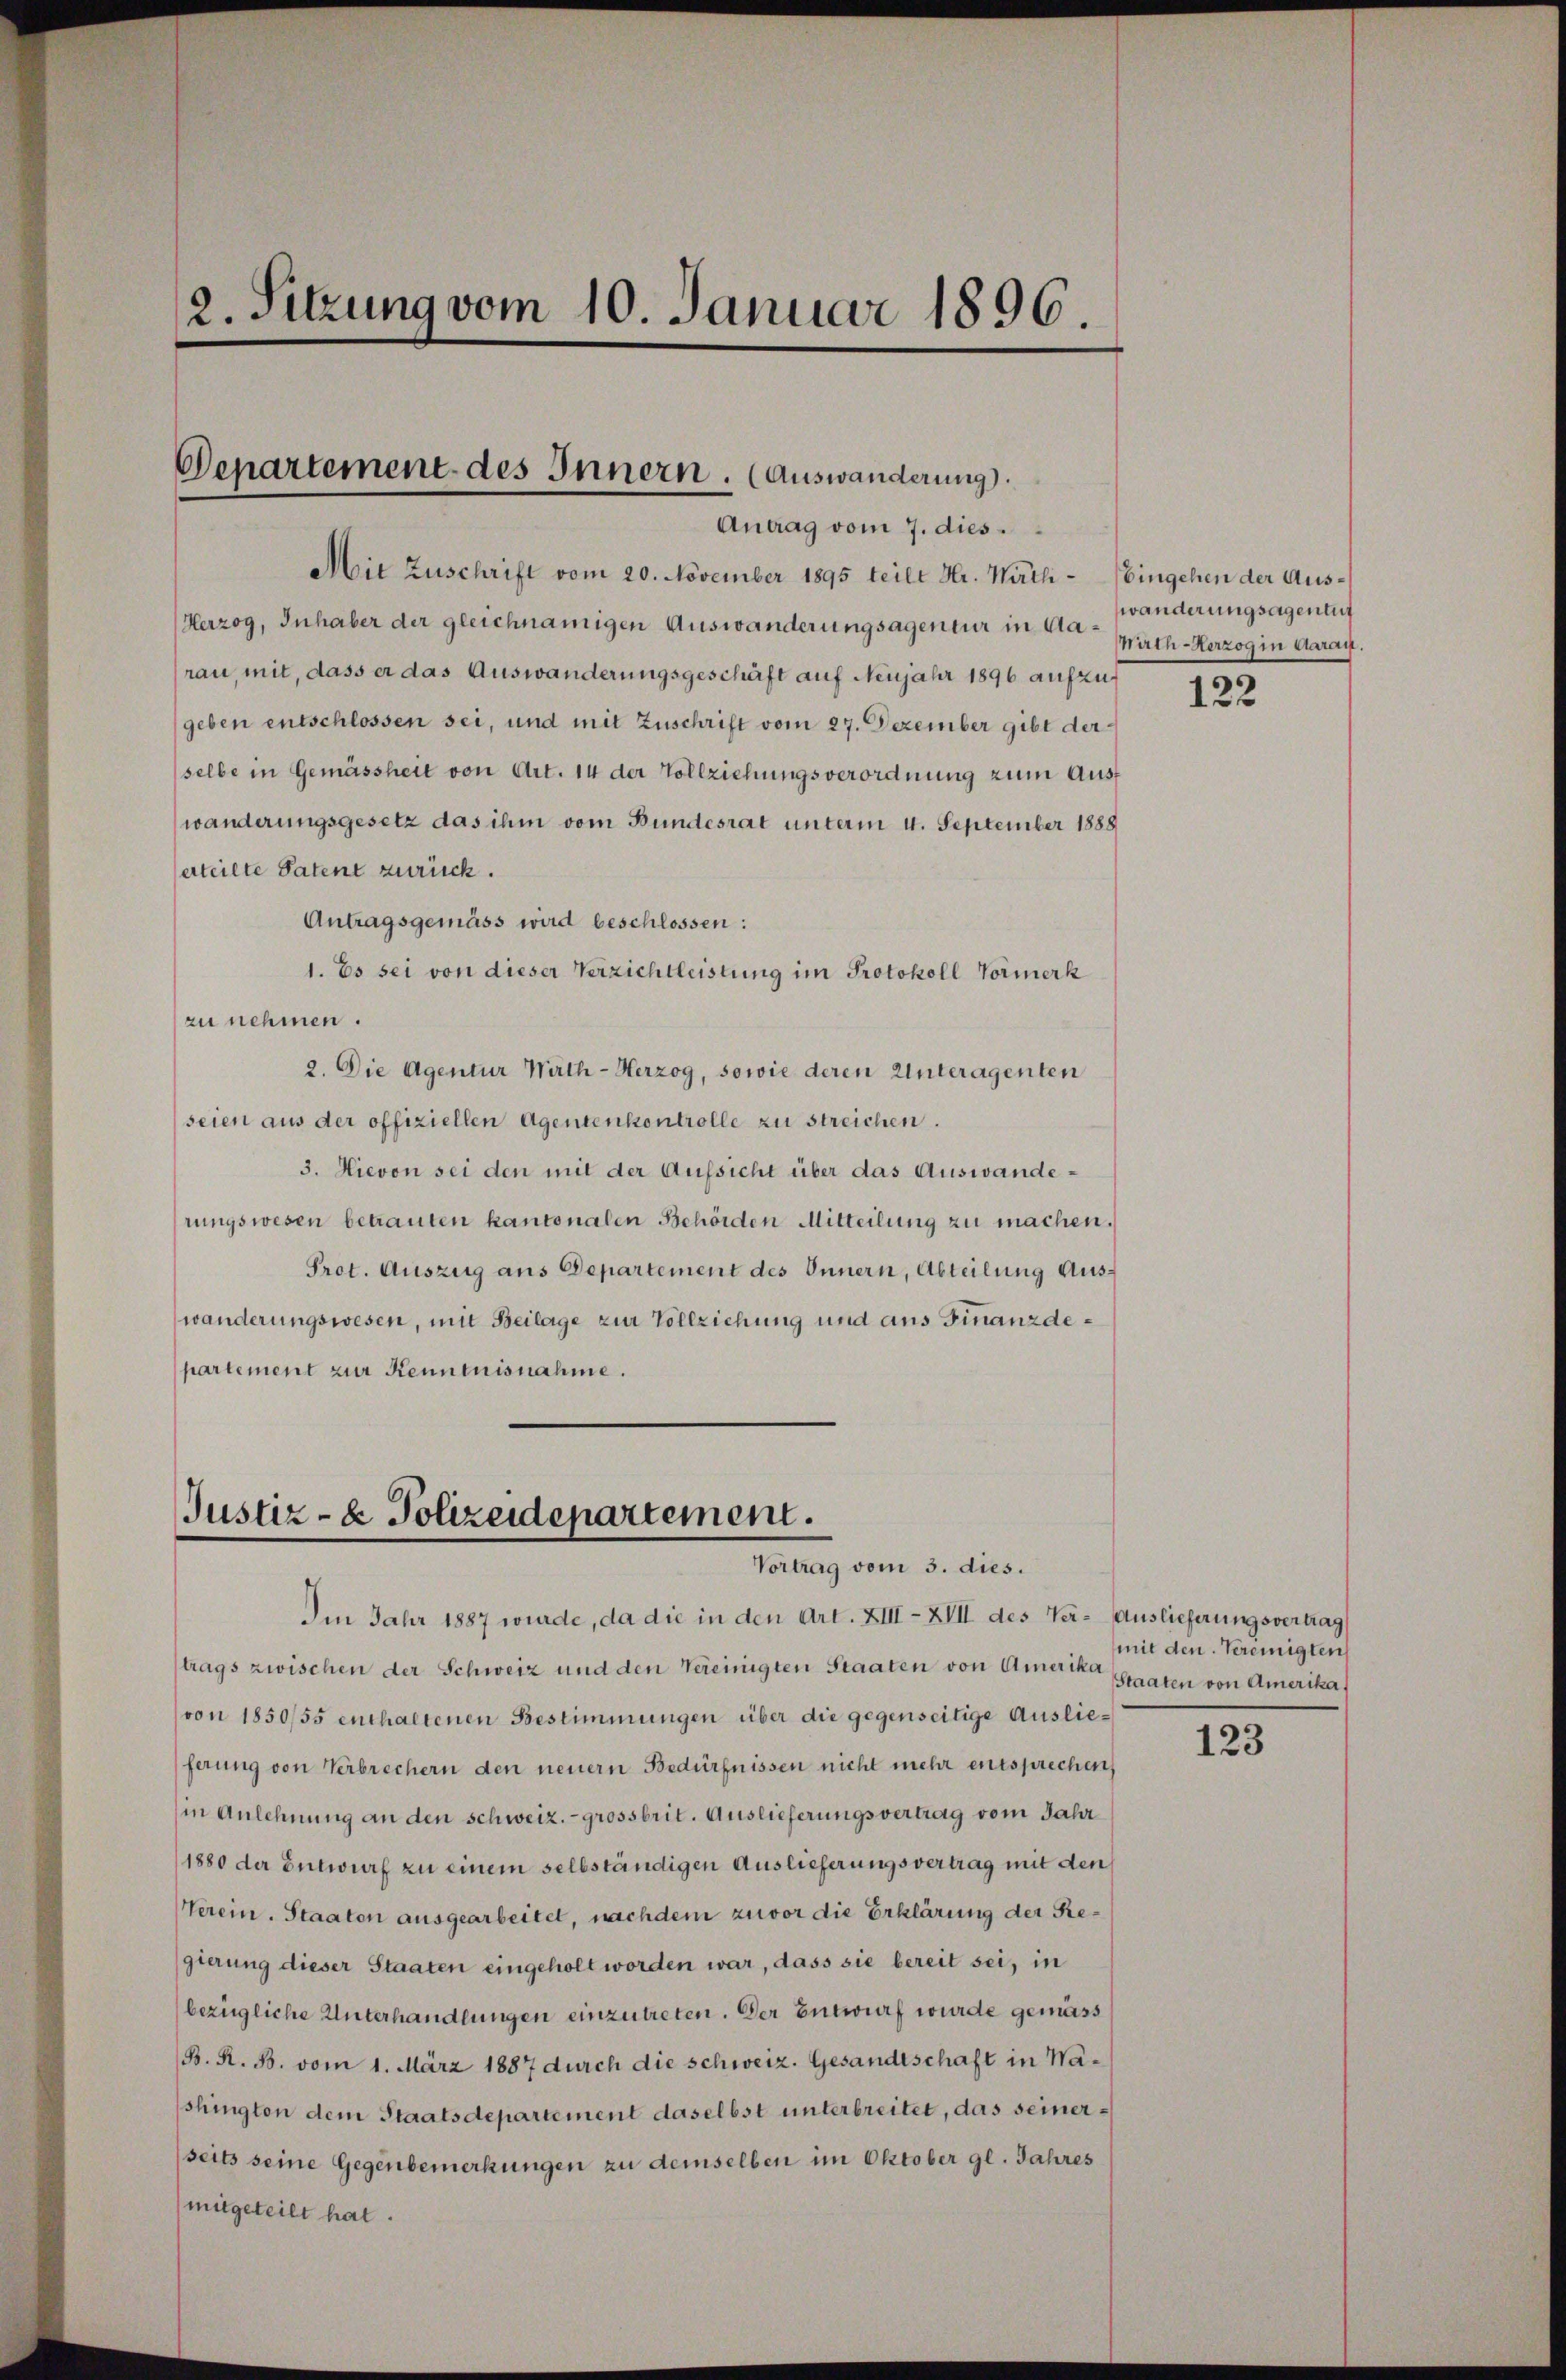
2. Sitzung vom 10. Januar 1896.

Departement des Innern. (Auswanderung).
Antrag vom 7. dies

Justiz- & Polizeidepartement.
Vortrag vom 3. dies.

Mit Zuschrift vom 20. November 1895 teilt Hr. Wätli- (bingehen der Aus¬
Herzog, Inhaber der gleichnamigen Auswanderungsagentur in Aarau, mit, dass er das Auswanderungsgeschäft auf Neujahr 1896 aufzugeben entschlossen sei, und mit Zuschrift vom 27. Dezember gibt der
selbe in Gemässheit von Art. 14 der Vollziehungsverordnung zum Ausf
wänderungsgesetz das ihm vom Bundesrat unterm 4. September 1888
erteilte Patent zurück.
Antragsgemäss wird beschlossen:
1. Es sei von dieser Verzichtleistung im Protokoll Vormerk
zu nehmen.
2. Die Agentur Wirth - Herzog, sowie deren Unteragenten
seien aus der offiziellen Agentenkontrolle zu streichen.
3. Hievon sei den mit der Aufsicht über das Auswanderungswesen betrauten kantonalen Behörden Mitteilung zu machen.
Prot. Auszug aus Departement des Innern, Abteilung Auswänderungswesen, mit Beilage zur Vollziehung und aus Finanzdepartement zur Kenntnisnahme.

trags zwischen der Schweiz und den Vereinigten Staaten von Amerika Staaten von Amerika
von 1850/55 enthaltenen Bestimmungen über die gegenseitige Auslieferung von Verbrechern den neuern Bedürfnissen nicht mehr entsprechen
(in Anlehnung an den schweiz. - grossbrit. Auslieferungsvertrag vom Jahr
1880 der Entwurf zu einem selbständigen Auslieferungsvertrag mit den
Verein. Staaten ausgearbeitet, nachdem zuvor die Erklärung der Regierung dieser Staaten eingeholt worden war, dass sie bereit sei, in
bezügliche Unterhandlungen einzutreten. Der Entwurf wurde gemäss
(B. R. B. vom 1. März 1887 durch die schweiz. Gesandtschaft in Washington dem Staatsdepartement daselbst unterbreitet, das seiner¬
(seits seine Gegenbemerkungen zu demselben im Oktober gl. Jahres
mitgeteilt hat.

Im Jahr 1887 wurde, da die in den Art. XIII-XVII des Ver- Auslieferungsvertrag

wänderungsagentur
Mirch-Herzog in Aarau.

122

mit den Vereinigten

123